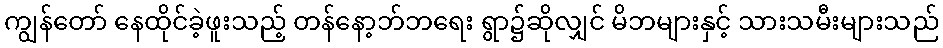
ကျွန်တော် နေထိုင်ခဲ့ဖူးသည့် တန်နော့ဘ်ဘရေး ရွာ၌ဆိုလျှင် မိဘများနှင့် သားသမီးများသည်